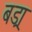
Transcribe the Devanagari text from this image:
बड्रा